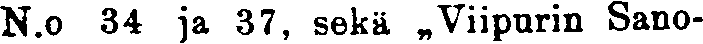
N.o 34 ja 37, sekä „Viipurin Sano-